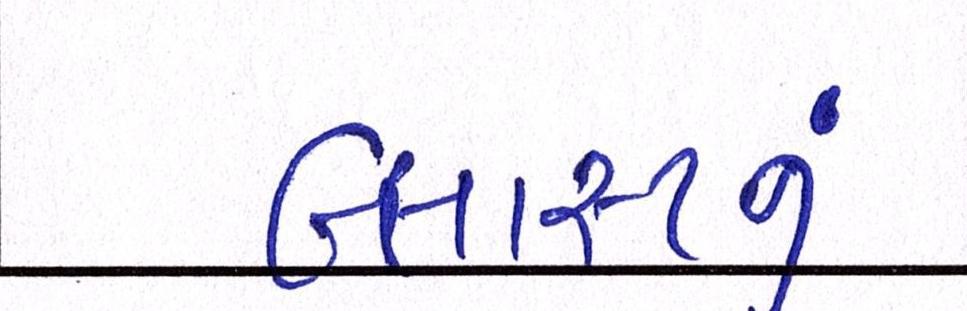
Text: બ્લાસ્ટનું